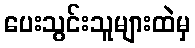
ပေးသွင်းသူများထဲမှ